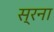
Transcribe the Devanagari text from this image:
स्रना